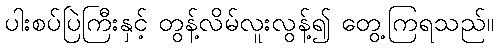
ပါးစပ်ပြဲကြီးနှင့် တွန့်လိမ်လူးလွန့်၍ တွေ့ကြရသည်။